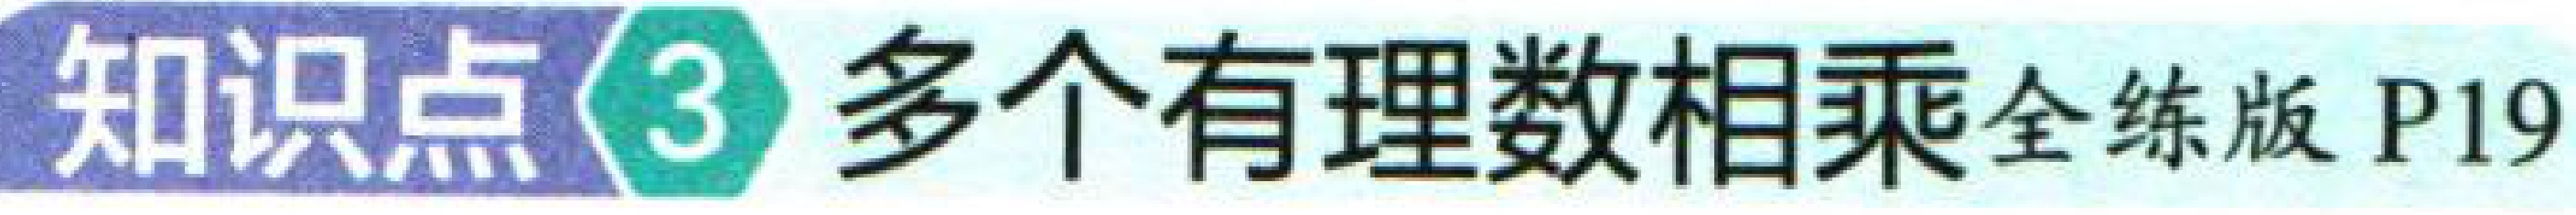
知识点\textcircled{3} 多个有理数相乘 全练版 P19